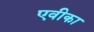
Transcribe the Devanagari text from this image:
एवीका